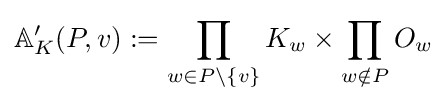
\mathbb {A} _{K}'(P,v):=\prod _{w\in P\setminus \{v\}}K_{w}\times \prod _{w\notin P}O_{w}